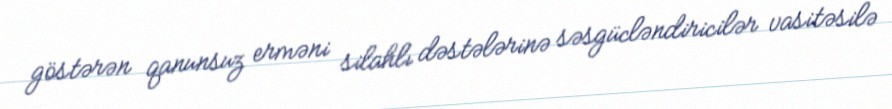
göstərən qanunsuz erməni silahlı dəstələrinə səsgücləndiricilər vasitəsilə